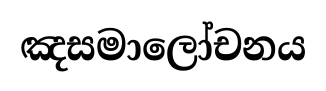
ඤසමාලෝචනය